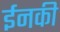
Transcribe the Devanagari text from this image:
ईनकी